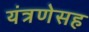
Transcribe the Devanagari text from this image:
यंत्रणेसह